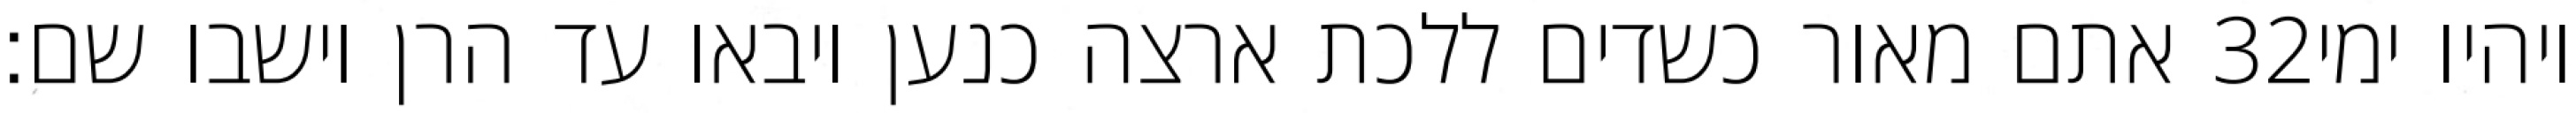
אתם מאור כשדים ללכת ארצה כנען ויבאו עד הרן וישבו שם׃ ‎32‏ ויהיו ימי